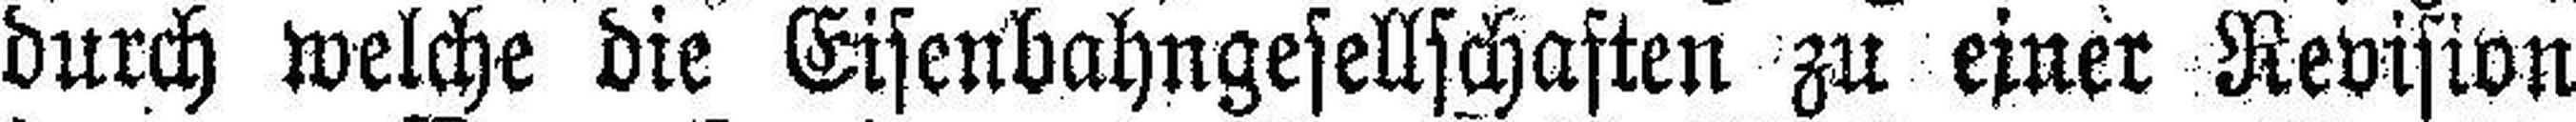
durch welche die Eisenbahngesellschaften zu einer Revision